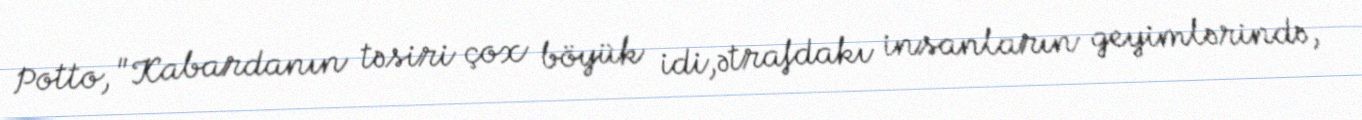
Potto, "Kabardanın təsiri çox böyük idi,ətrafdakı insanların geyimlərində,